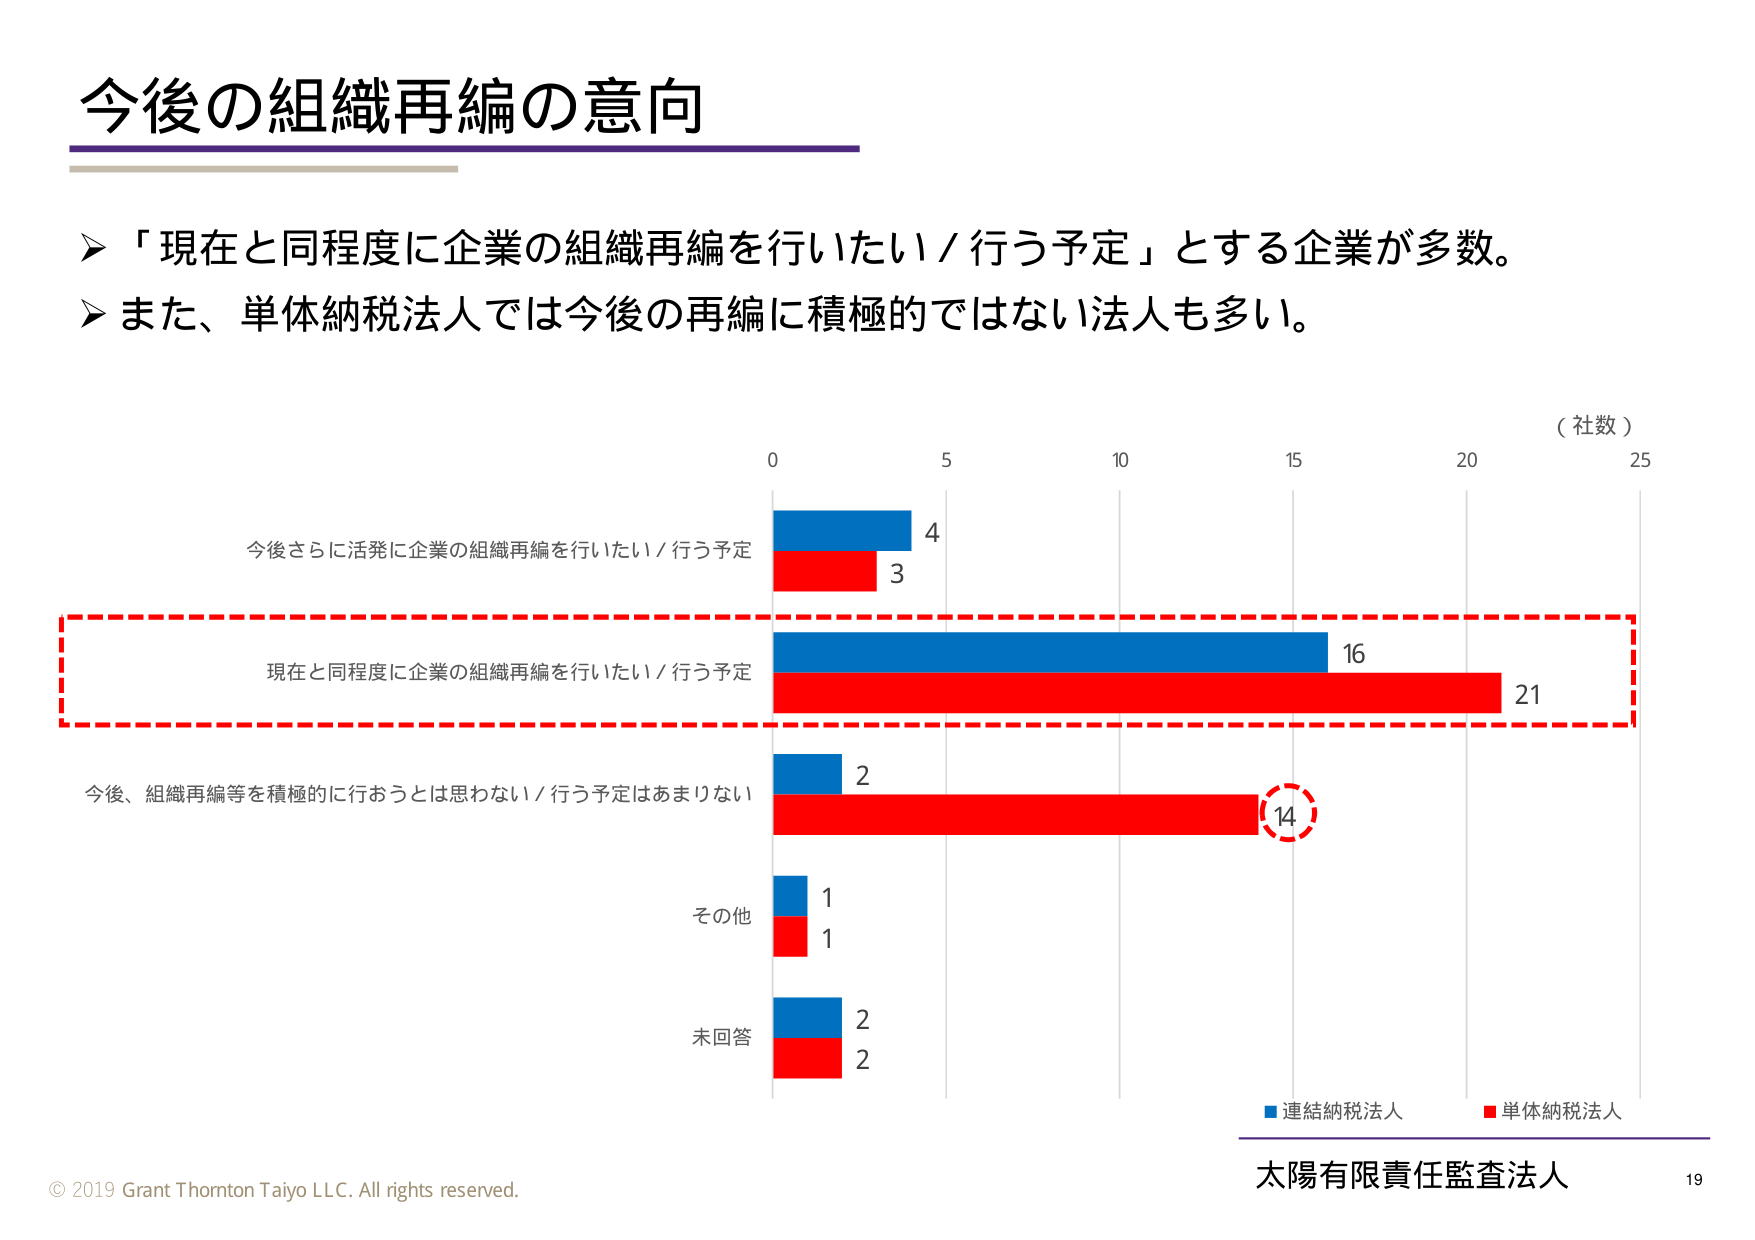
今後の組織再編の意向

➤「現在と同程度に企業の組織再編を行いたい／行う予定」とする企業が多数。
➤また、単体納税法人では今後の再編に積極的ではない法人も多い。

（社数）
0 5 10 15 20 25

今後さらに活発に企業の組織再編を行いたい／行う予定
4
3

現在と同程度に企業の組織再編を行いたい／行う予定
16
21

今後、組織再編等を積極的に行おうとは思わない／行う予定はあまりない
2
14

その他
1
1

未回答
2
2

■ 連結納税法人 ■ 単体納税法人

© 2019 Grant Thornton Taiyo LLC. All rights reserved.
太陽有限責任監査法人 19